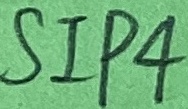
Text: SIP4